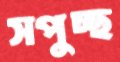
সপুচ্ছ